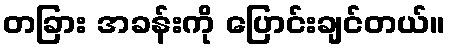
တခြား အခန်းကို ပြောင်းချင်တယ်။